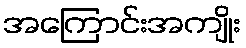
အကြောင်းအကျိုး